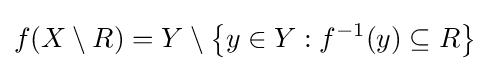
f(X\setminus R)=Y\setminus \left\{y\in Y:f^{-1}(y)\subseteq R\right\}